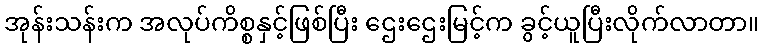
အုန်းသန်းက အလုပ်ကိစ္စနှင့်ဖြစ်ပြီး ဌေးဌေးမြင့်က ခွင့်ယူပြီးလိုက်လာတာ။